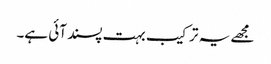
مجھے یہ ترکیب بہت پسند آئی ہے۔